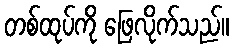
တစ်ထုပ်ကို ဖြေလိုက်သည်။